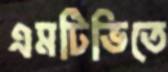
এমটিভিতে